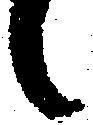
候